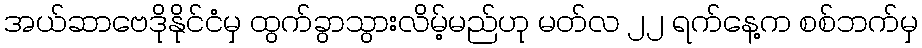
အယ်ဆာဗေဒိုနိုင်ငံမှ ထွက်ခွာသွားလိမ့်မည်ဟု မတ်လ ၂၂ ရက်နေ့က စစ်ဘက်မှ